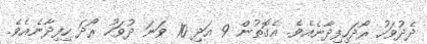
ދެދުވަހު ރޯދަހިފިދާނެއެވެ. އެގޮތުން 9 އަދި 10 ވަނަ ދުވަހު ރޯދަ ހިފިދާނެއެވެ.